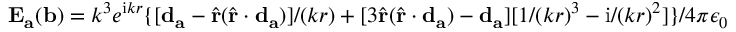
\mathbf { E } _ { \mathbf { a } } ( \mathbf { b } ) = k ^ { 3 } e ^ { \mathrm { i } k r } \{ [ \mathbf { d } _ { \mathbf { a } } - \hat { \mathbf { r } } ( \hat { \mathbf { r } } \cdot \mathbf { d } _ { \mathbf { a } } ) ] / ( k r ) + [ 3 \hat { \mathbf { r } } ( \hat { \mathbf { r } } \cdot \mathbf { d } _ { \mathbf { a } } ) - \mathbf { d } _ { \mathbf { a } } ] [ 1 / ( k r ) ^ { 3 } - \mathrm { i } / ( k r ) ^ { 2 } ] \} / 4 \pi \epsilon _ { 0 }